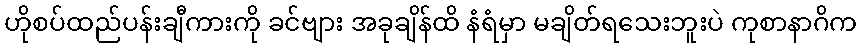
ဟိုစပ်ထည်ပန်းချီကားကို ခင်ဗျား အခုချိန်ထိ နံရံမှာ မချိတ်ရသေးဘူးပဲ ကုစာနာဂိက